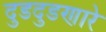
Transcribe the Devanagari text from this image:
दुडदुडणारे